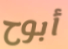
أبوح